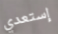
إستعدي